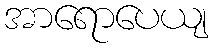
အာရောပေယျ